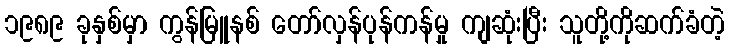
၁၉၈၉ ခုနှစ်မှာ ကွန်မြူနစ် တော်လှန်ပုန်ကန်မှု ကျဆုံးပြီး သူတို့ကိုဆက်ခံတဲ့